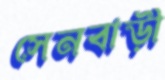
সেনবাড়ী